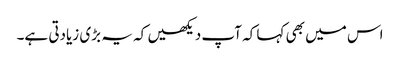
اس میں بھی کہا کہ آپ دیکھیں کہ یہ بڑی زیادتی ہے۔